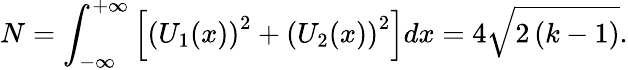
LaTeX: N=\int_{-\infty}^{+\infty}\left[\left(U_{1}(x)\right)^{2}+\left(U_{2}(x)\right)^{2}\right]dx=4\sqrt{2\left(k-1\right)}.